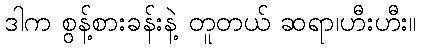
ဒါက စွန့်စားခန်းနဲ့ တူတယ် ဆရာ၊ဟီးဟီး။